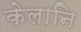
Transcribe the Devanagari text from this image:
केलानि